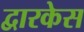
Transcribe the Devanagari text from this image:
द्वारकेस